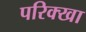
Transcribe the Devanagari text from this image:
परिक्खा